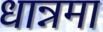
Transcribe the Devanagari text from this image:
धान्नमा